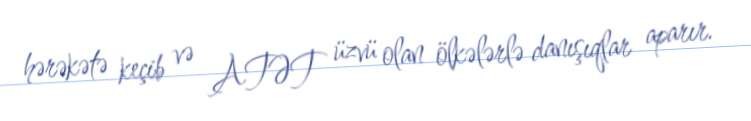
hərəkətə keçib və ATƏT üzvü olan ölkələrlə danışıqlar aparır.